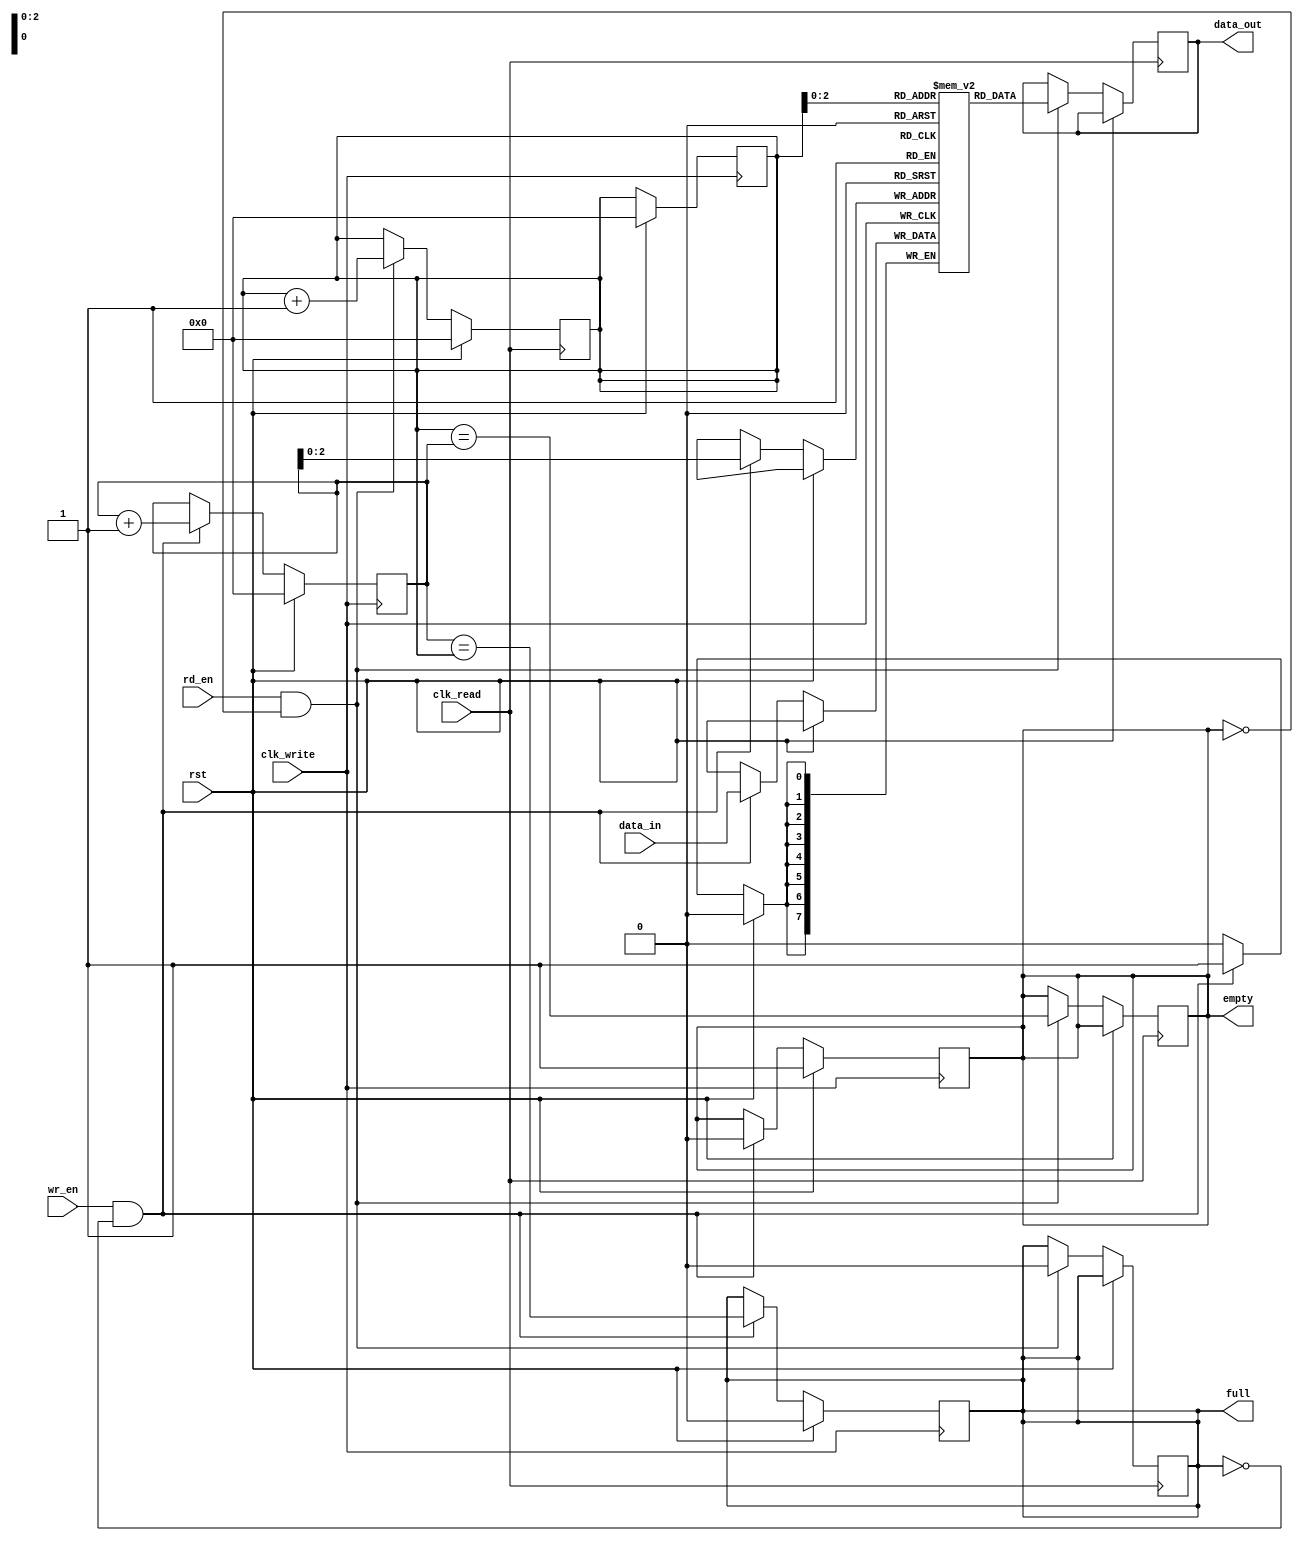
module synchronous_fifo (
    input wire clk_write, // write clock
    input wire clk_read, // read clock
    input wire rst, // reset signal
    input wire wr_en, // write enable signal
    input wire rd_en, // read enable signal
    input wire [DATA_WIDTH-1:0] data_in, // input data
    output wire [DATA_WIDTH-1:0] data_out, // output data
    output wire empty, // flag indicating FIFO is empty
    output wire full // flag indicating FIFO is full
);

parameter BUFFER_DEPTH = 8;
parameter DATA_WIDTH = 8;

reg [(DATA_WIDTH-1):0] buffer [BUFFER_DEPTH-1:0];
reg [(DATA_WIDTH-1):0] data_out_reg;
reg [BUFFER_DEPTH-1:0] wr_ptr, rd_ptr;
reg full_reg, empty_reg;

always @(posedge clk_write) begin
    if (rst) begin
        wr_ptr <= 0;
        rd_ptr <= 0;
        full_reg <= 0;
        empty_reg <= 1;
    end else begin
        if (wr_en && !full_reg) begin
            buffer[wr_ptr] <= data_in;
            wr_ptr <= wr_ptr + 1;
            full_reg <= (wr_ptr == rd_ptr);
            empty_reg <= 0;
        end
    end
end

always @(posedge clk_read) begin
    if (rst) begin
        rd_ptr <= 0;
    end else begin
        if (rd_en && !empty_reg) begin
            data_out_reg <= buffer[rd_ptr];
            rd_ptr <= rd_ptr + 1;
            empty_reg <= (rd_ptr == wr_ptr);
            full_reg <= 0;
        end
    end
end

assign data_out = data_out_reg;
assign empty = empty_reg;
assign full = full_reg;

endmodule